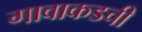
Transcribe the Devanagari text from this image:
गावाकडची